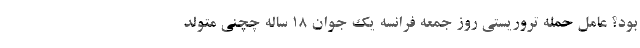
بود؟ عامل حمله تروریستی روز جمعه فرانسه یک جوان ۱۸ ساله چچنی متولد